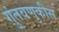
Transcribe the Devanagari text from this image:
गुंतवणुकीस